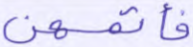
فأتمهن